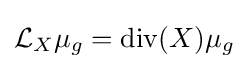
{\mathcal {L}}_{X}\mu _{g}=\operatorname {div} (X)\mu _{g}